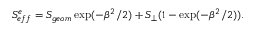
S _ { e f f } ^ { e } = S _ { g e o m } \exp ( - \beta ^ { 2 } / 2 ) + S _ { \perp } ( 1 - \exp ( - \beta ^ { 2 } / 2 ) ) .